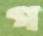
গ